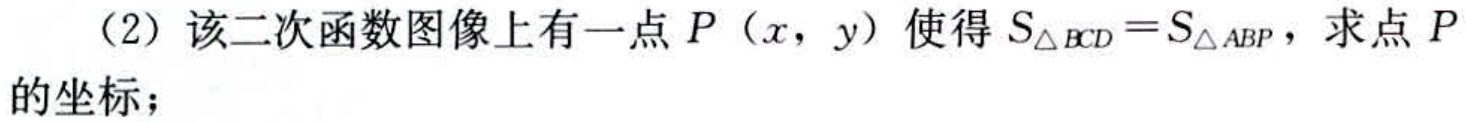
（2）该二次函数图像上有一点\(P(x,y)\)使得\(S_{\triangle BCD}=S_{\triangle ABP}\)，求点\(P\)的坐标；